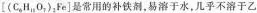
[(C_{6}H_{12}O_{7})_{2}Fe]是常用的补铁剂，易溶于水，几乎不溶于乙